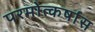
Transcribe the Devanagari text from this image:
परमोत्कर्षास